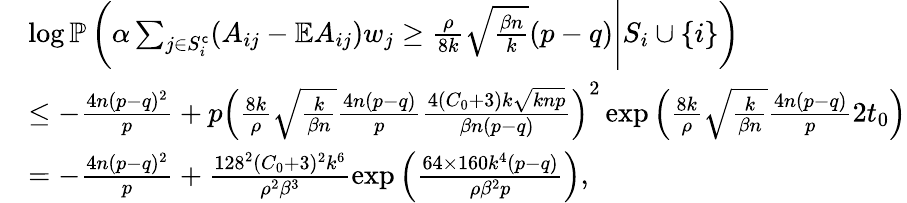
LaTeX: \begin{array}{rl}&{\log\mathbb{P}\left(\alpha\sum_{j\in S_{i}^{\mathsf{c}}}(A_{ij}-\mathbb{E}A_{ij})w_{j}\geq\frac{\rho}{8k}\sqrt{\frac{\beta n}{k}}(p-q)\Bigg|S_{i}\cup\{ i\} \right)}\\ &{\leq-\frac{4n(p-q)^{2}}{p}+p\left(\frac{8k}{\rho}\sqrt{\frac{k}{\beta n}}\frac{4n(p-q)}{p}\frac{4(C_{0}+3)k\sqrt{knp}}{\beta n(p-q)}\right)^{2}\exp\left(\frac{8k}{\rho}\sqrt{\frac{k}{\beta n}}\frac{4n(p-q)}{p}2t_{0}\right)}\\ &{=-\frac{4n(p-q)^{2}}{p}+\frac{128^{2}(C_{0}+3)^{2}k^{6}}{\rho^{2}\beta^{3}}\exp\left(\frac{64\times 160k^{4}(p-q)}{\rho\beta^{2}p}\right),}\end{array}